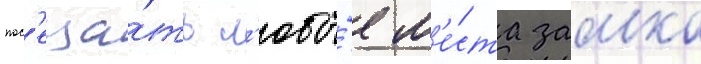
пос'еща́ть л'юбы́е м'е́ста замка